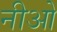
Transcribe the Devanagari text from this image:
नीओ